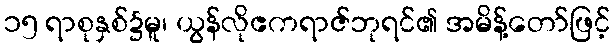
၁၅ ရာစုနှစ်၌မူ၊ ယွန်လိုဧကရာဇ်ဘုရင်၏ အမိန့်တော်ဖြင့်